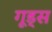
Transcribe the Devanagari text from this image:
गूड्स